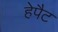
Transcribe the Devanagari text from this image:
हेपैट